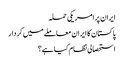
ایران پر امریکی حملہ
پاکستان کا ایران معاملے میں کردار
استحصالی نظام کیا ہے؟